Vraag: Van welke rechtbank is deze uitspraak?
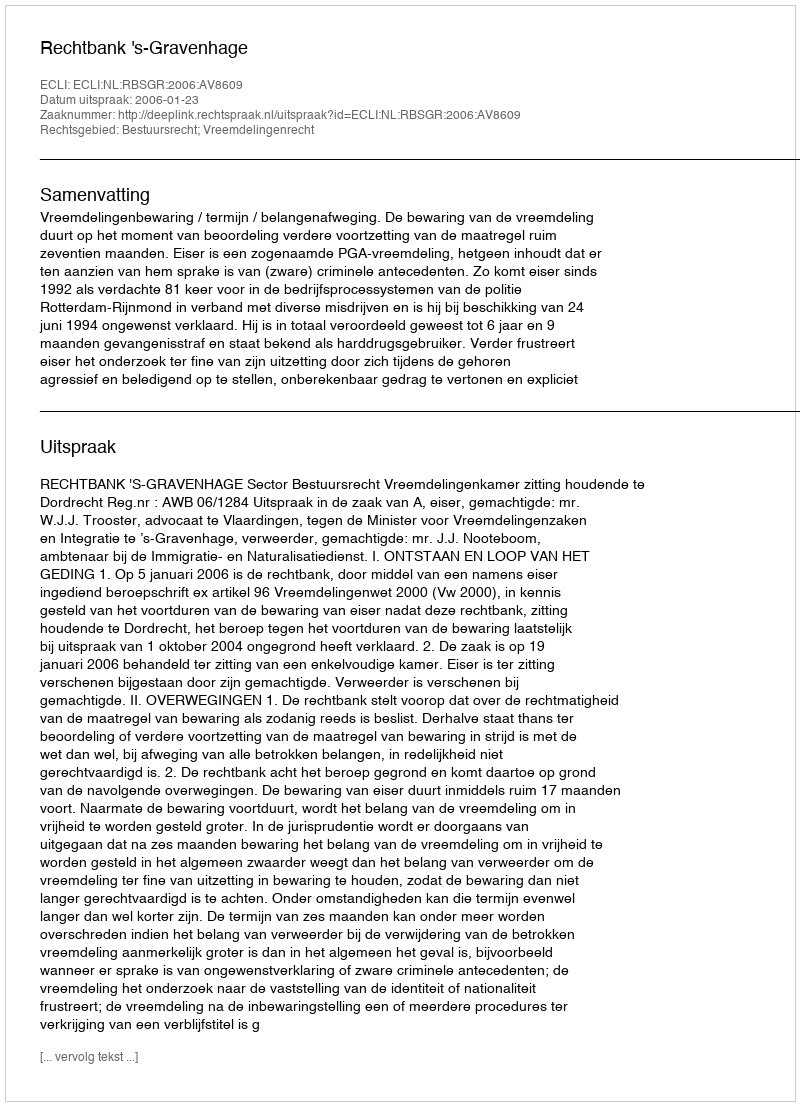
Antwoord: Rechtbank 's-Gravenhage